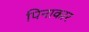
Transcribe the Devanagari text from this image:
पिनाकार